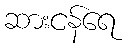
ဆားငန်ရေ